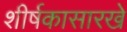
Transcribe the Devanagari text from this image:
शीर्षकासारखे